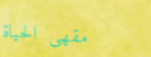
مقهى الحياة